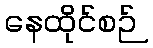
နေထိုင်စဉ်